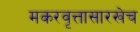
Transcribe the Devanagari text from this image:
मकरवृत्तासारखेच